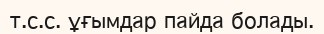
т.с.с. ұғымдар пайда болады.